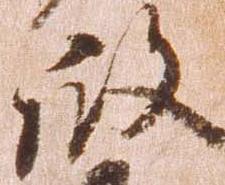
殿